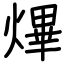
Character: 熚